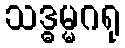
သဒ္ဓမ္မဂရု